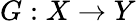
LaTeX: G:X\rightarrow Y